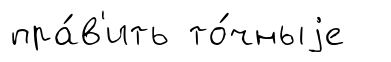
пра́в'ить то́чныjе